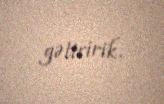
gətiririk.